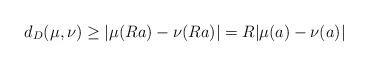
LaTeX: \begin{align*}d_D(\mu, \nu) \geq |\mu(Ra)-\nu(Ra)|=R|\mu(a)-\nu(a)|\end{align*}